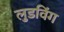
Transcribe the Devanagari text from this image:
लुडविंग